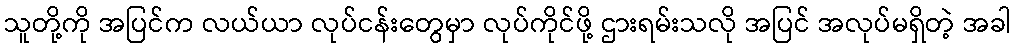
သူတို့ကို အပြင်က လယ်ယာ လုပ်ငန်းတွေမှာ လုပ်ကိုင်ဖို့ ဌားရမ်းသလို အပြင် အလုပ်မရှိတဲ့ အခါ